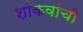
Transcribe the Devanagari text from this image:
शांकवांची